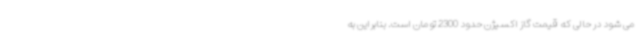
می شود در حالی که قیمت گاز اکسیژن حدود 2300 تومان است. بنابراین به